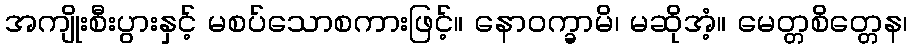
အကျိုးစီးပွားနှင့် မစပ်သောစကားဖြင့်။ နောဝက္ခာမိ၊ မဆိုအံ့။ မေတ္တစိတ္တေန၊